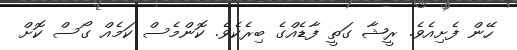
ހޭން ފެށިއެވެ. ރީޝާ ގަތީ ފާޑެއްގެ ބިރެކެވެ. ކޮންމެސް ކަމެއް ގޯސް ކޮށް